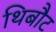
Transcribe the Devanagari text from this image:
थिबौट